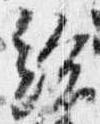
給